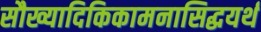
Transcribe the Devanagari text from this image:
सौख्यादिकिकामनासिद्धयर्थ